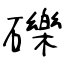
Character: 礫